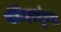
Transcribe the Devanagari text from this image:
गोविंदप्रभूंच्या